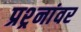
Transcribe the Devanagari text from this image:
प्रश्र्नांवर